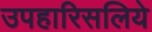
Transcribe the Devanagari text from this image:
उपहारिसलिये